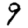
Digit: 9